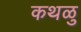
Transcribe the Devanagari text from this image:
कथळु